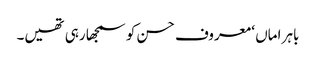
باہر اماں ‘ معروف حسن کو سمجھا رہی تھیں۔